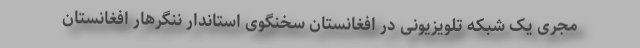
مجری یک شبکه تلویزیونی در افغانستان سخنگوی استاندار ننگرهار افغانستان